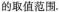
的取值范围。